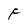
Character: F